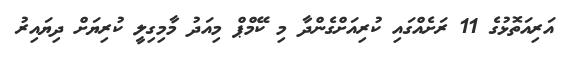
އަރިއަތޮޅުގެ 11 ރަށެއްގައި ކުރިއަށްގެންދާ މި ކޭމްޕް މިއަދު މާމިގިލީ ކުރިޔަށް ދިޔައިރު